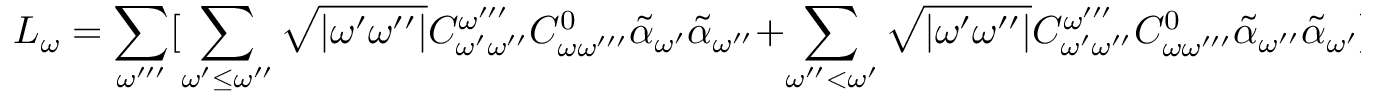
L _ { \omega } = \sum _ { \omega ^ { \prime \prime \prime } } [ \sum _ { \omega ^ { \prime } \leq \omega ^ { \prime \prime } } \sqrt { | \omega ^ { \prime } \omega ^ { \prime \prime } | } C _ { \omega ^ { \prime } \omega ^ { \prime \prime } } ^ { \omega ^ { \prime \prime \prime } } \: C _ { \omega \omega ^ { \prime \prime \prime } } ^ { 0 } \: \tilde { \alpha } _ { \omega ^ { \prime } } \: \tilde { \alpha } _ { \omega ^ { \prime \prime } } + \sum _ { \omega ^ { \prime \prime } < \omega ^ { \prime } } \sqrt { | \omega ^ { \prime } \omega ^ { \prime \prime } | } C _ { \omega ^ { \prime } \omega ^ { \prime \prime } } ^ { \omega ^ { \prime \prime \prime } } \: C _ { \omega \omega ^ { \prime \prime \prime } } ^ { 0 } \: \tilde { \alpha } _ { \omega ^ { \prime \prime } } \: \tilde { \alpha } _ { \omega ^ { \prime } } ]